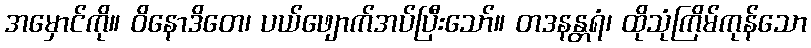
အမှောင်ကို။ ဝိနောဒိတေ၊ ပယ်ဖျောက်အပ်ပြီးသော်။ တဒနန္တရံ၊ ထိုသုံကြိမ်ကုန်သော